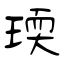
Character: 瑌